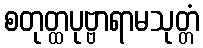
စတုတ္ထပုဗ္ဗာရာမသုတ္တံ